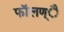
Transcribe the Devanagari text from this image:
फाॅलण्ै